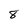
Character: 8